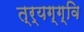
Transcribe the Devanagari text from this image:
त्र्यग्ग्वि